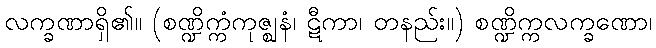
လက္ခဏာရှိ၏။ (စဏ္ဍိက္ကံကုဇ္ဈနံ၊ ဋီကာ၊ တနည်း။) စဏ္ဍိက္ကလက္ခဏော၊